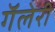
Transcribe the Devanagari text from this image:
गॅलेरी